Lunatic asylums in Bengal annual reports 1899-1911 - 1899-1911
Year: 1899
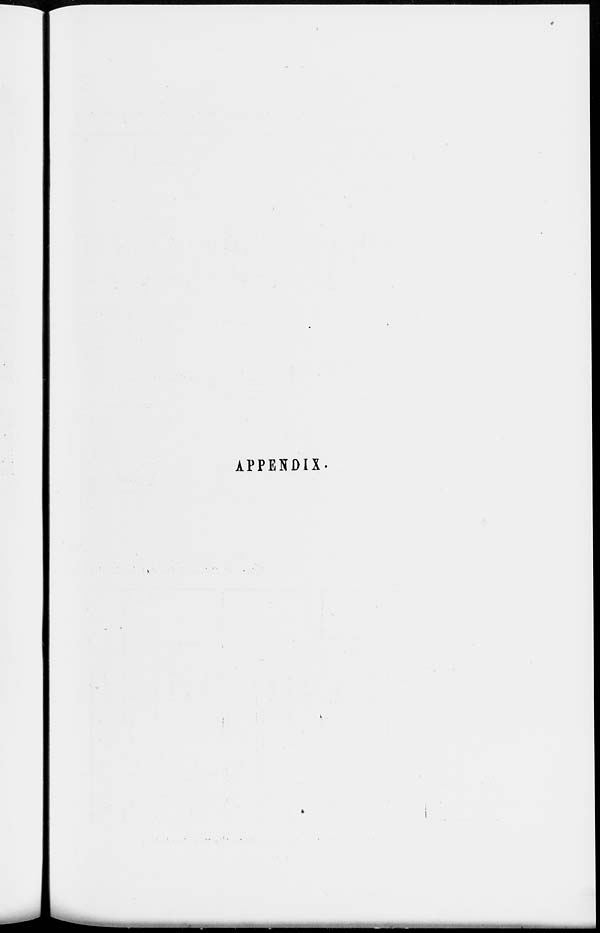
APPENDIX.